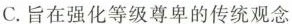
C. 旨在强化等级尊卑的传统观念